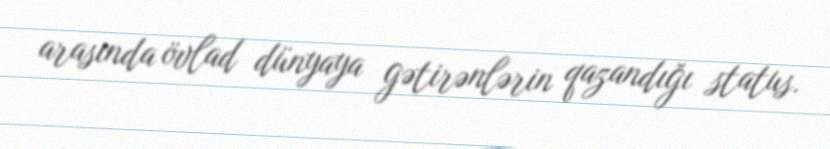
arasında övlad dünyaya gətirənlərin qazandığı status.